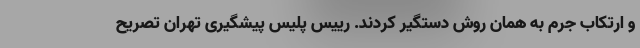
و ارتکاب جرم به همان روش دستگیر کردند. رییس پلیس پیشگیری تهران تصریح